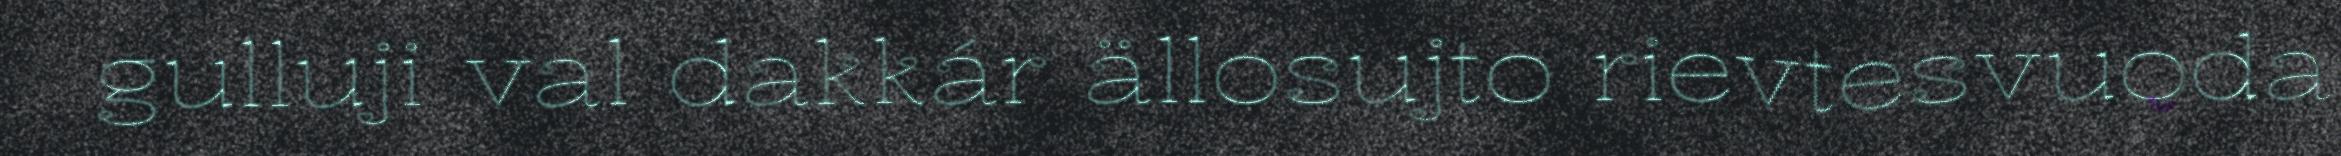
gulluji val dakkár ällosujto rievtesvuoda